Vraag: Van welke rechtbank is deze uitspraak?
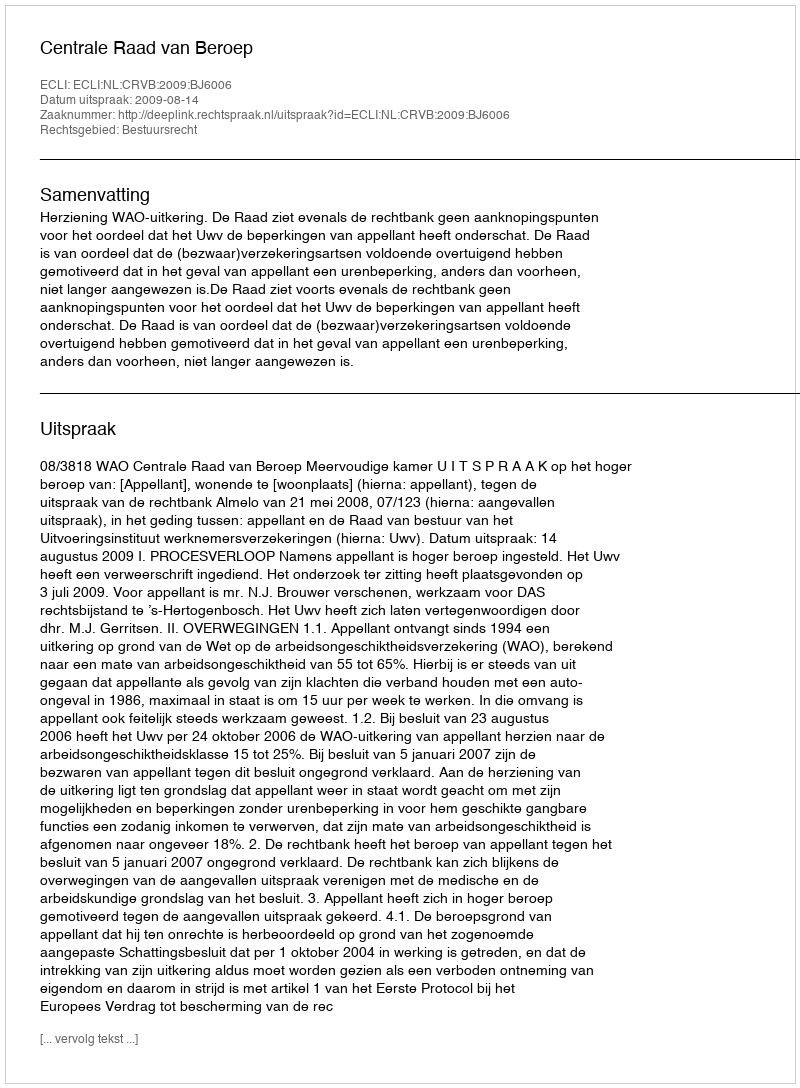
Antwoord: Centrale Raad van Beroep